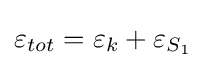
\varepsilon _{tot}=\varepsilon _{k}+\varepsilon _{S_{1}}